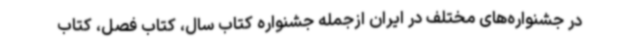
در جشنواره‌های مختلف در ایران ازجمله جشنواره کتاب سال، کتاب فصل، کتاب